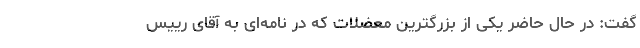
گفت: در حال حاضر یکی از بزرگترین معضلات که در نامه‌ای به آقای رییس